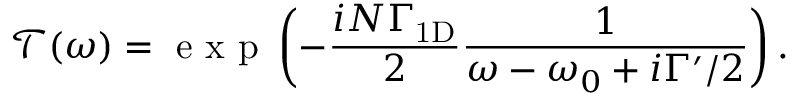
\mathcal { T } ( \omega ) = \mathrm { ~ e ~ x ~ p ~ } \left( - \frac { i N \Gamma _ { \mathrm { { 1 D } } } } { 2 } \frac { 1 } { \omega - \omega _ { 0 } + i \Gamma ^ { \prime } / 2 } \right) .